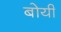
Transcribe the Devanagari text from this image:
बोयी